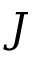
J